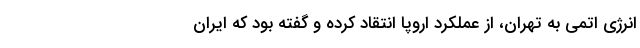
انرژی اتمی به تهران، از عملکرد اروپا انتقاد کرده و گفته بود که ایران